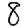
Digit: 8